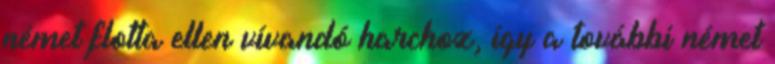
német flotta ellen vívandó harchoz, így a további német